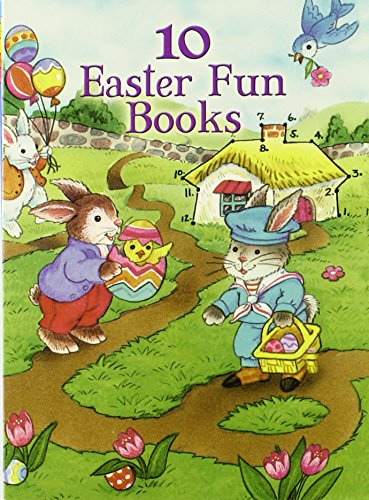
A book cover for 10 Easter Fun Books: Stickers, Stencils, Tattoos and More (Dover Little Activity Books); Dover; Children's Books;